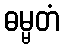
ဓမ္မတံ